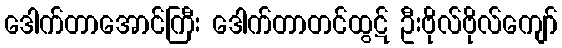
ဒေါက်တာအောင်ကြီး ဒေါက်တာတင်ထွဋ် ဦးဗိုလ်ဗိုလ်ကျော်